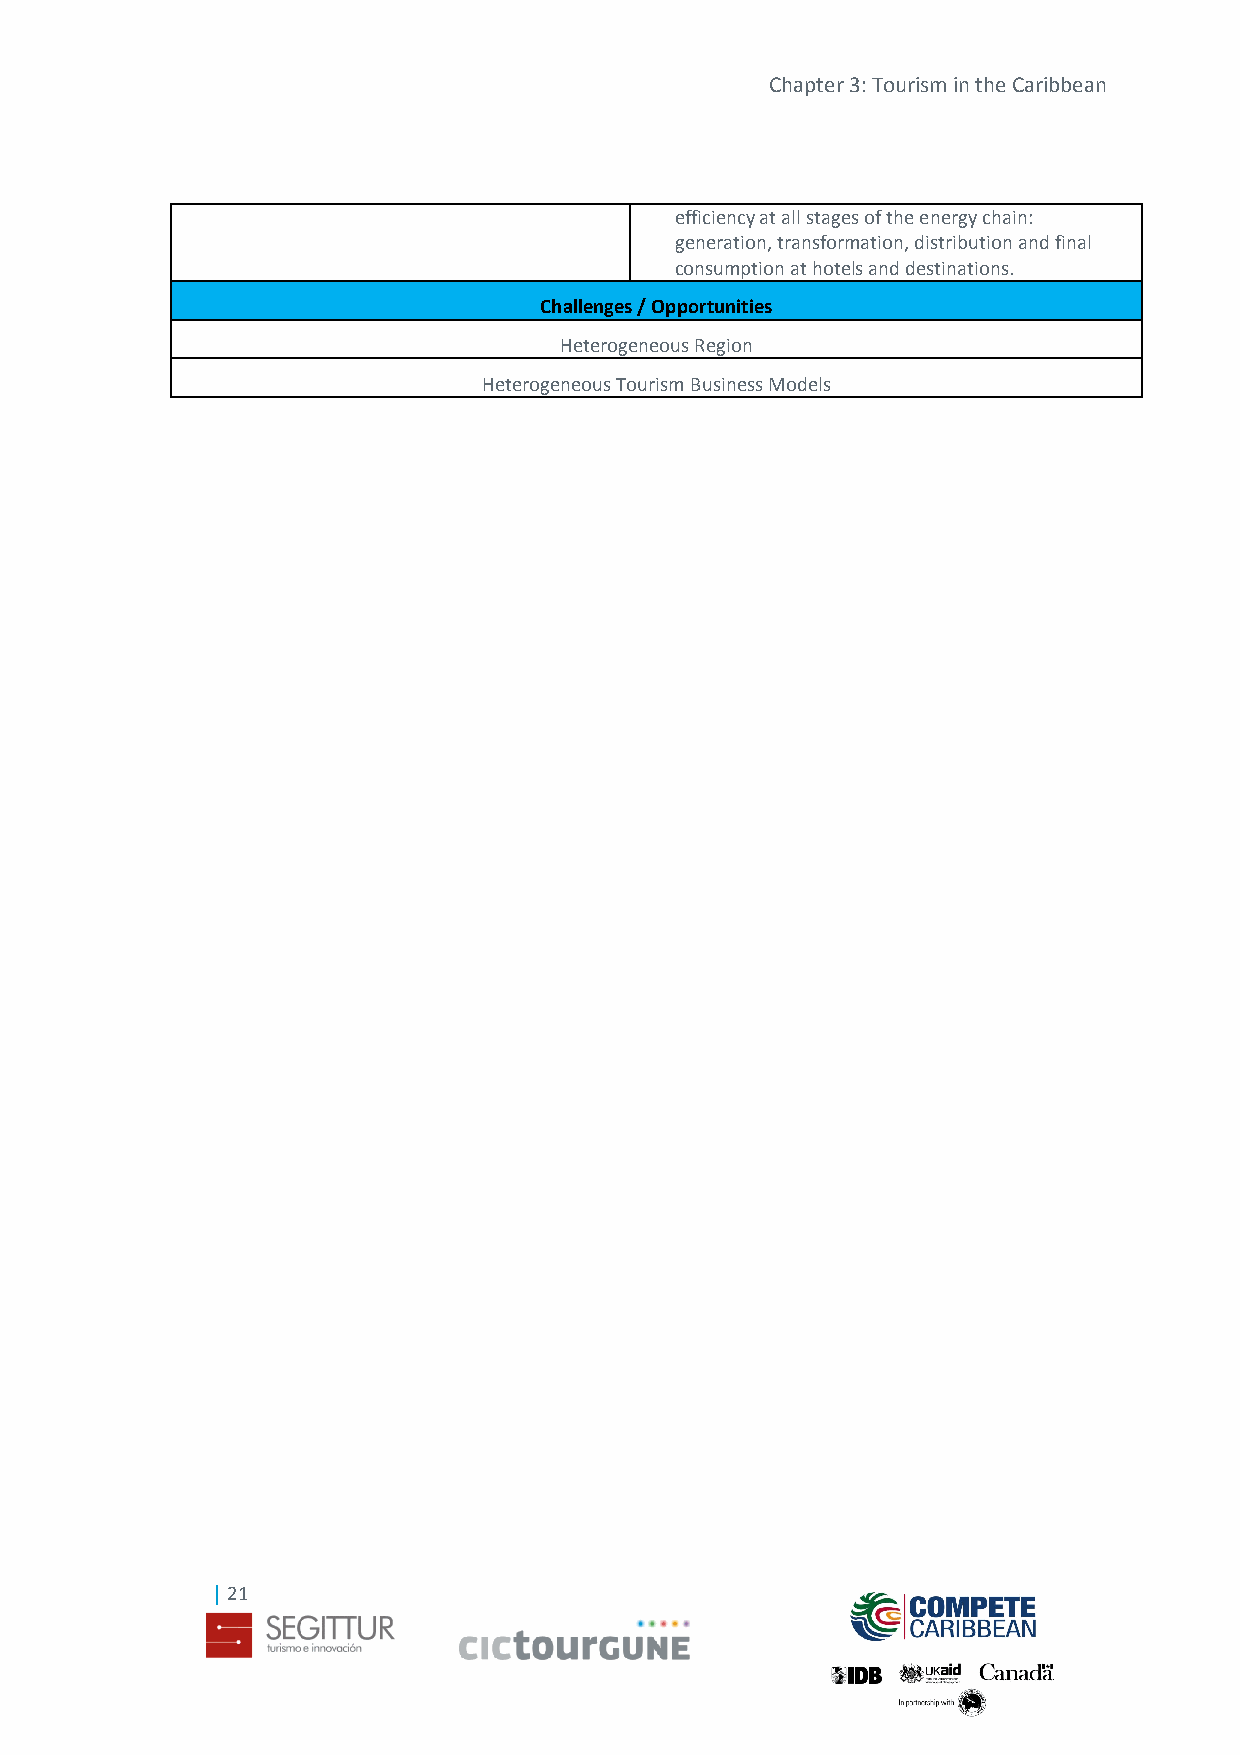
Chapter 3: Tourism in the Caribbean
 efficiency at all stages of the energy chain:
 generation, transformation, distribution and final
 consumption at hotels and destinations.
 Challenges / Opportunities
 Heterogeneous Region
 Heterogeneous Tourism Business Models
 | 21